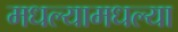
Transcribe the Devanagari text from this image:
मधल्यामधल्या